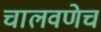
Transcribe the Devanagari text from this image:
चालवणेच